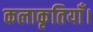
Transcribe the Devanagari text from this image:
कलाकृतियाँ।